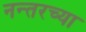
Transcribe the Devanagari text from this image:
नन्तरच्या